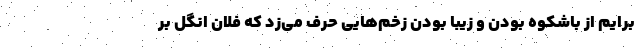
برایم از باشکوه بودن و زیبا بودن زخم‌هایی حرف می‌زد که فلان انگل بر